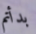
بدأتم